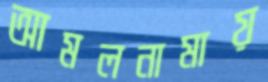
আমলনামায়